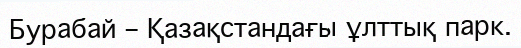
Бурабай – Қазақстандағы ұлттық парк.